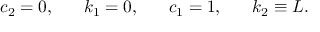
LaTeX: c _ { 2 } = 0 , \; \; \; \; \; \; k _ { 1 } = 0 , \; \; \; \; \; \; c _ { 1 } = 1 , \; \; \; \; \; \; k _ { 2 } \equiv L .